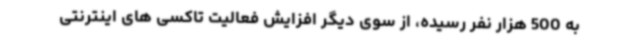
به 500 هزار نفر رسیده، از سوی دیگر افزایش فعالیت تاکسی های اینترنتی